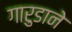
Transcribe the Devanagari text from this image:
गारुडाने